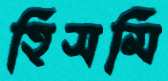
হিসমি